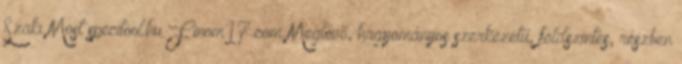
Szaki Most specitool.hu Finom17.com Meglévő, hagyományos szerkezetű, földszintes, részben